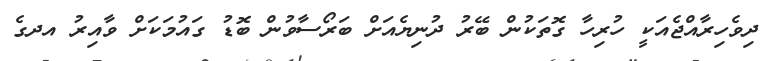
ދިވެހިރާއްޖެއަކީ ހުރިހާ ގޮތަކުން ބޭރު ދުނިޔެއަށް ބަރޯސާވުން ބޮޑު ގައުމަކަށް ވާއިރު އދގެ